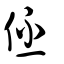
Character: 伾